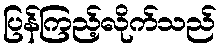
ပြန်ကြည့်လိုက်သည်